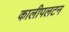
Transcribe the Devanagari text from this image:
कालीपलटन